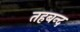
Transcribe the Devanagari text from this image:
तहबन्द